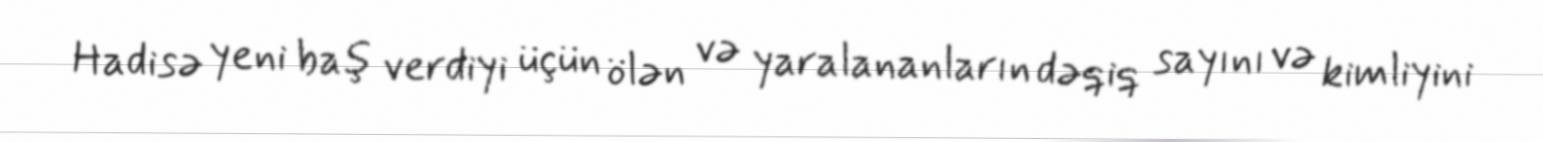
Hadisə yeni baş verdiyi üçün ölən və yaralananların dəqiq sayını və kimliyini